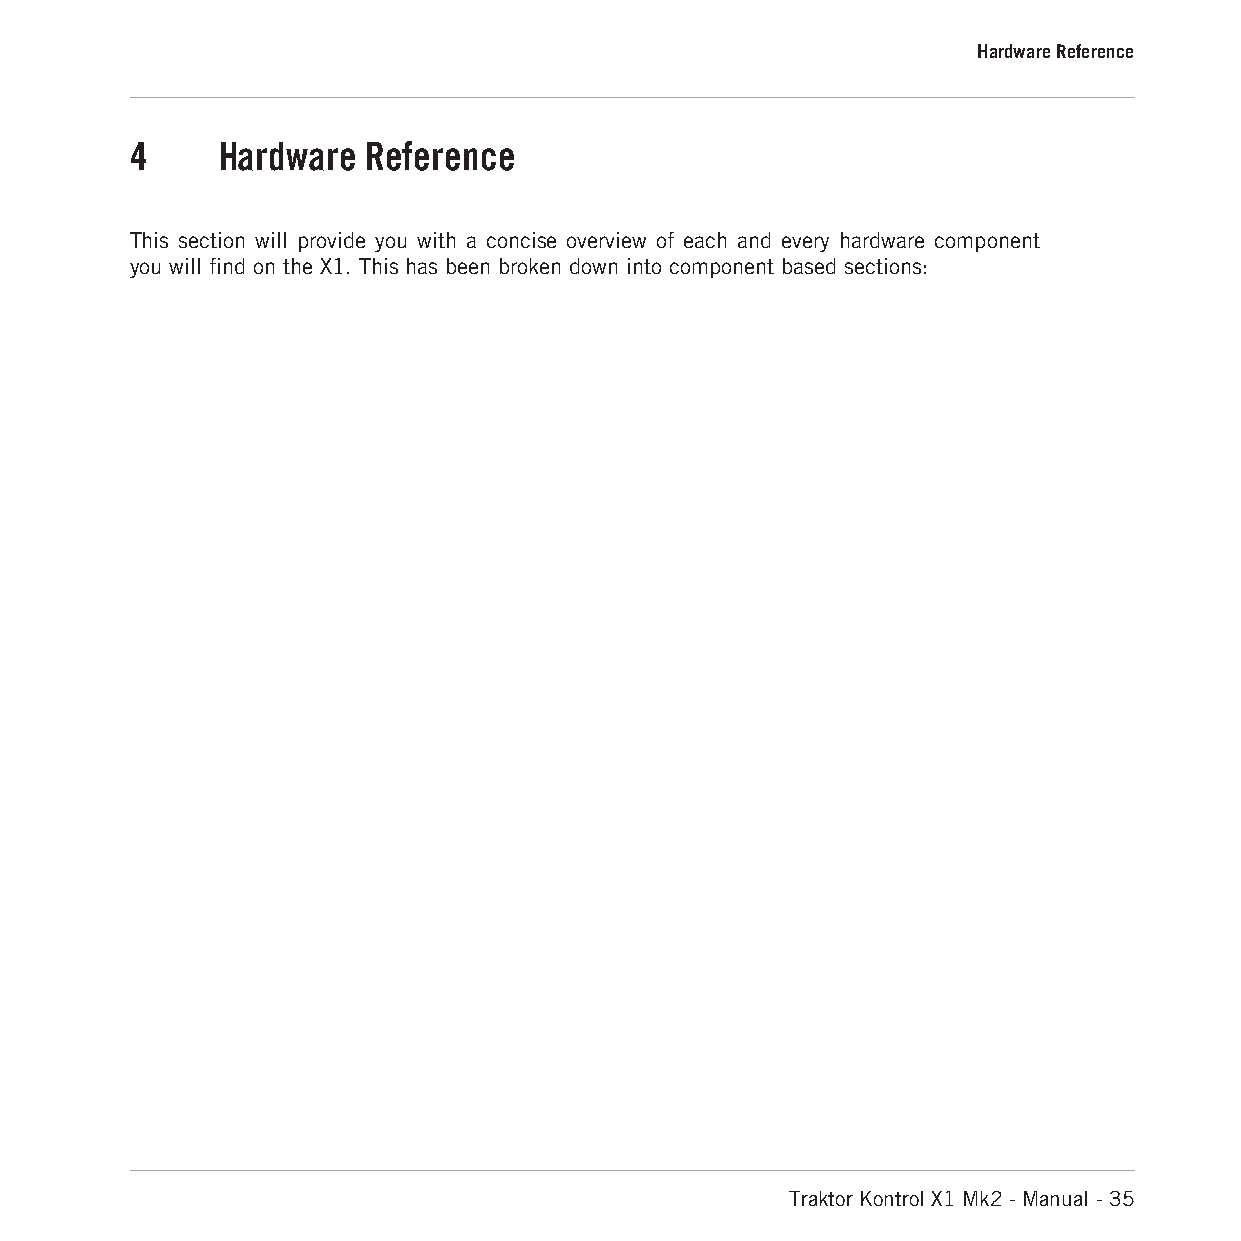
Hardware Reference
 4    Hardware  Reference
 This section will provide you with a concise overview of each and every hardware component
 you will find on the X1. This has been broken down into component based sections:
 Traktor Kontrol X1 Mk2 - Manual - 35